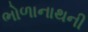
ભોળાનાથની